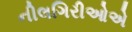
નીલગિરીઓએ